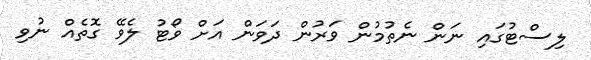
ލިސްޓުގައި ނަން ނެތުމުން ވަރުން ދަވަން އަށް ވޯޓު ލެވޭ ގޮތެއް ނުވި